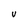
Character: V